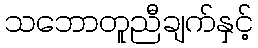
သဘောတူညီချက်နှင့်